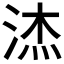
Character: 𮳉